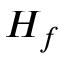
H _ { f }